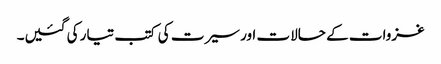
غزوات کے حالات اور سیرت کی کتب تیار کی گئیں۔